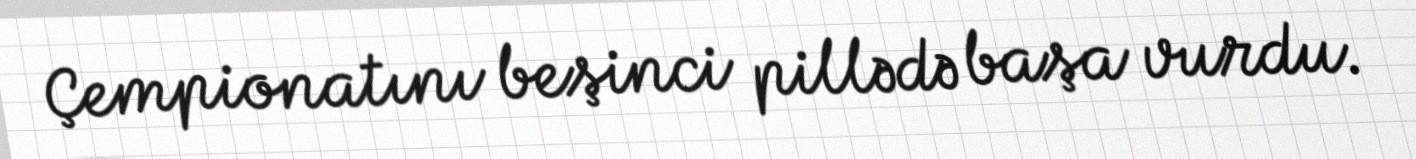
Çempionatını beşinci pillədə başa vurdu.